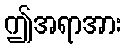
ဤအရာအား